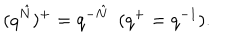
( q ^ { \hat { N } } ) ^ { + } = q ^ { - \hat { N } } \ \ ( q ^ { + } = q ^ { - 1 } ) .